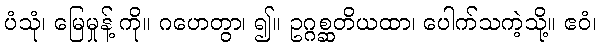
ပံသုံ၊ မြေမှုန့် ကို။ ဂဟေတွာ၊ ၍။ ဥဂ္ဂစ္ဆတိယထာ၊ ပေါက်သကဲ့သို့။ ဧဝံ၊